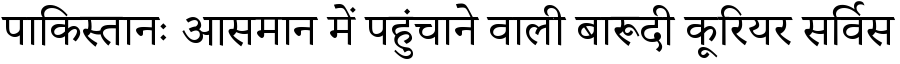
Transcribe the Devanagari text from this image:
पाकिस्तानः आसमान में पहुंचाने वाली बारूदी कूरियर सर्विस